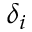
\delta _ { i }